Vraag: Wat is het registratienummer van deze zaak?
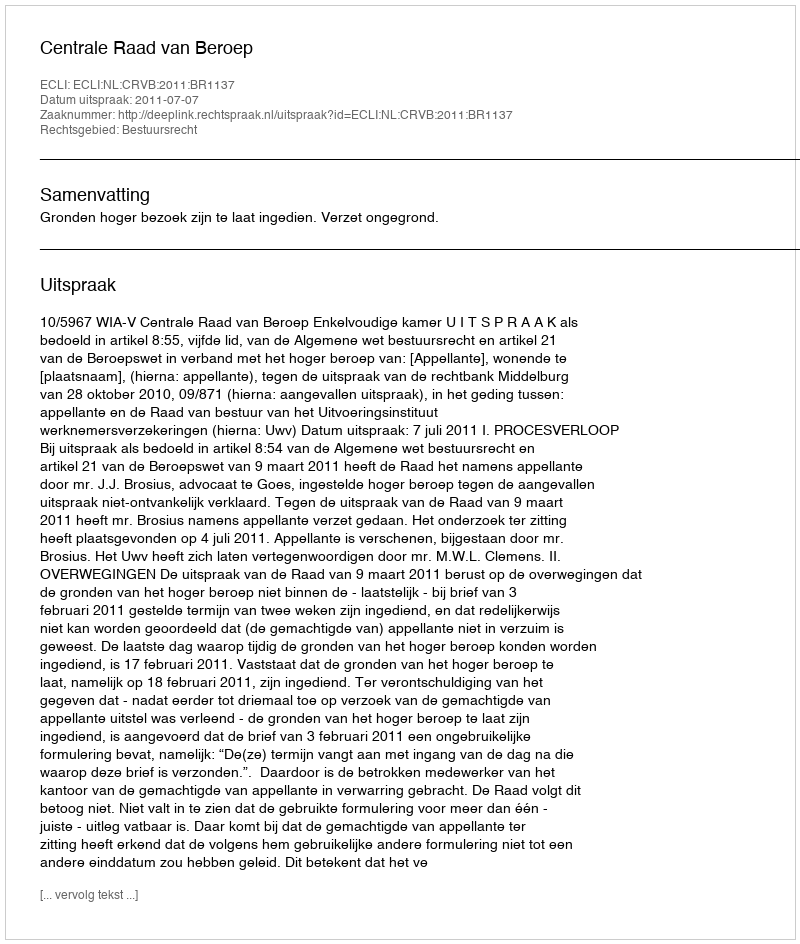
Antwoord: http://deeplink.rechtspraak.nl/uitspraak?id=ECLI:NL:CRVB:2011:BR1137